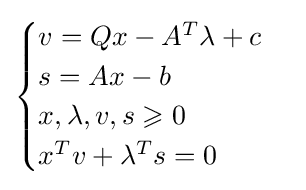
{\begin{cases}v=Qx-A^{T}{\lambda }+c\\s=Ax-b\\x,{\lambda },v,s\geqslant 0\\x^{T}v+{\lambda }^{T}s=0\end{cases}}